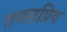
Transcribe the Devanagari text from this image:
तपसप्रिय